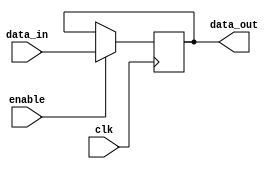
module hold_condition (
    input wire clk,          // Clock signal
    input wire enable,       // Enable signal for updating state
    input wire [7:0] data_in, // Input data to be held
    output reg [7:0] data_out // Output data that holds the state
);

// Initial state definition
initial begin
    data_out = 8'b0; // Initialize output to zero
end

// Behavioral logic for hold condition
always @(posedge clk) begin
    if (enable) begin
        // If enable is high, update the output with input data
        data_out <= data_in;
    end
    // If enable is low, retain the current state (hold condition)
end

endmodule